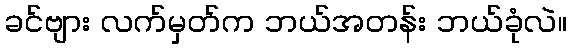
ခင်ဗျား လက်မှတ်က ဘယ်အတန်း ဘယ်ခုံလဲ။